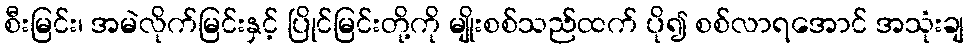
စီးမြင်း၊ အမဲလိုက်မြင်းနှင့် ပြိုင်မြင်းတို့ကို မျိုးစစ်သည်ထက် ပို၍ စစ်လာရအောင် အသုံးချ